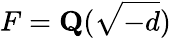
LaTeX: F=\mathbf{Q}({\sqrt{-d}})